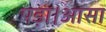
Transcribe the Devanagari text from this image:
पड़ा।आसा